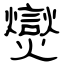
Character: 爕